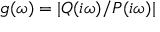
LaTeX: g ( \omega ) = | Q ( i \omega ) / P ( i \omega ) |